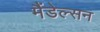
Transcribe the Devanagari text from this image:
मैंडेल्सन